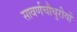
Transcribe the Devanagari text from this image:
सावर्णचौधुरीयों